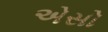
એસો